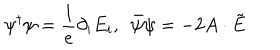
\psi ^ { \dagger } \psi = \frac { 1 } { e } \partial _ { i } E _ { i } , \ \ \bar { \psi } \psi = - 2 A \cdot \tilde { E }